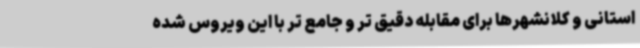
استانی و کلانشهرها برای مقابله دقیق تر و جامع تر با این ویروس شده